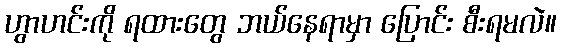
ဟွာဟင်းကို ရထားတွေ ဘယ်နေရာမှာ ပြောင်း စီးရမလဲ။